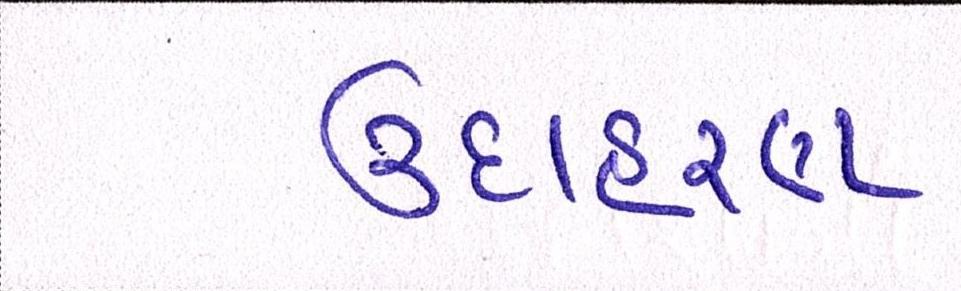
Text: ઉદાહરણ